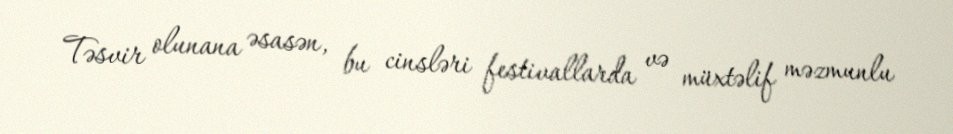
Təsvir olunana əsasən, bu cinsləri festivallarda və müxtəlif məzmunlu